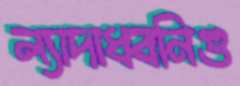
ল্যাদাধ্বনিগু